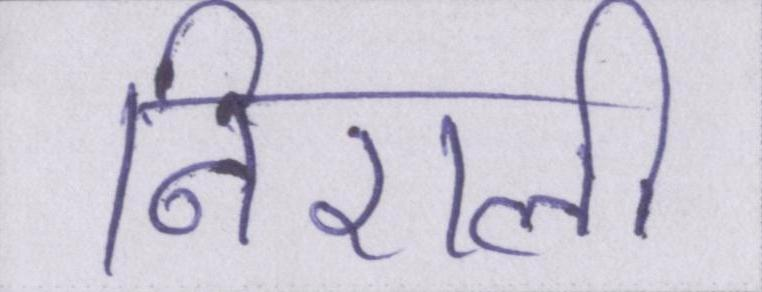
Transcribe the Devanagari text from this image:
निराली